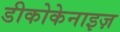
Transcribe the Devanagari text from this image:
डीकोकेनाइज़